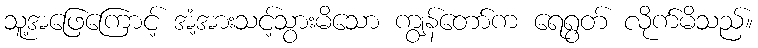
သူ့အဖြေကြောင့် အံ့အားသင့်သွားမိသော ကျွန်တော်က ရေရွတ် လိုက်မိသည်။